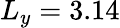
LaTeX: L_{y}=3.14